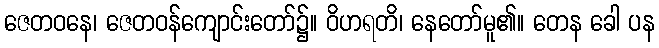
ဇေတဝနေ၊ ဇေတဝန်ကျောင်းတော်၌။ ဝိဟရတိ၊ နေတော်မူ၏။ တေန ခေါ ပန